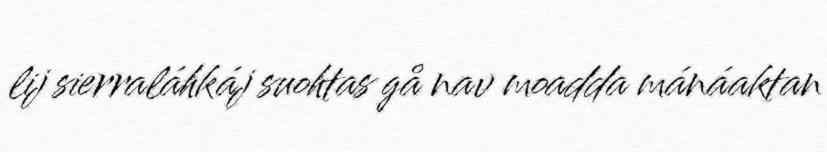
lij sierraláhkáj suohtas gå nav moadda mánáaktan